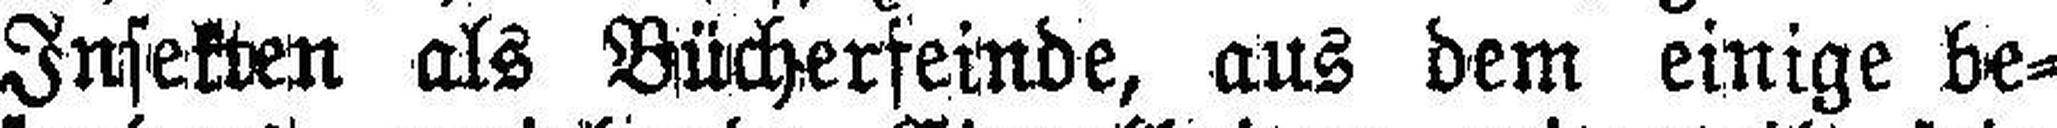
Insekten als Bücherfeinde, aus dem einige be¬